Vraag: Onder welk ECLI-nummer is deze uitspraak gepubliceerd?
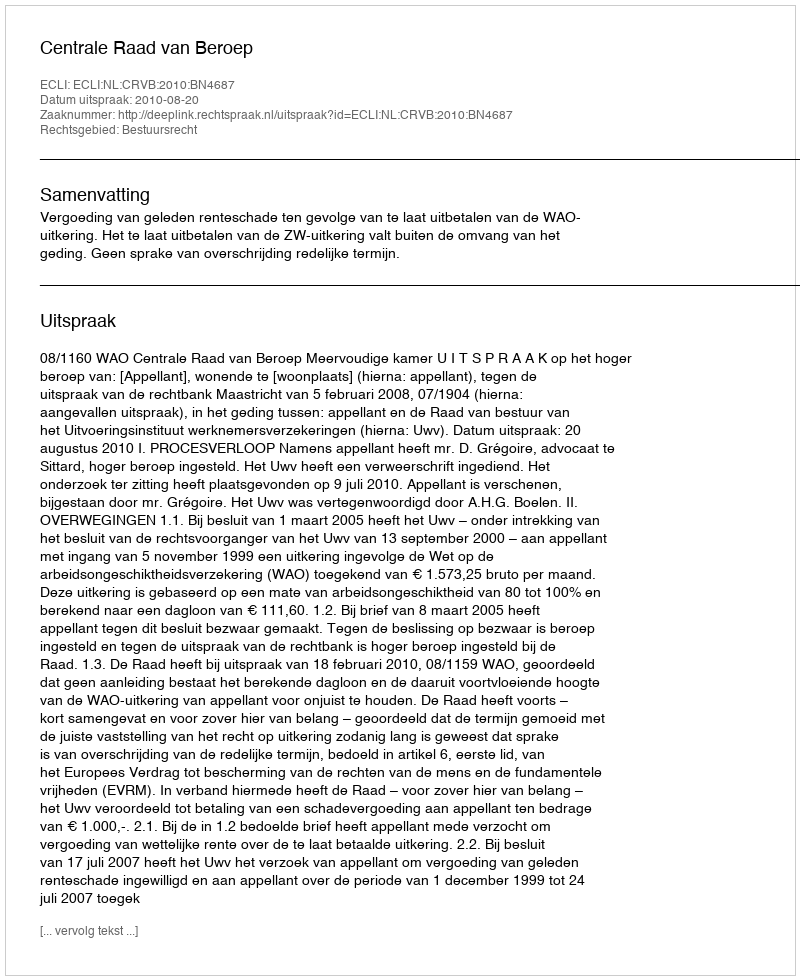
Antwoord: ECLI:NL:CRVB:2010:BN4687